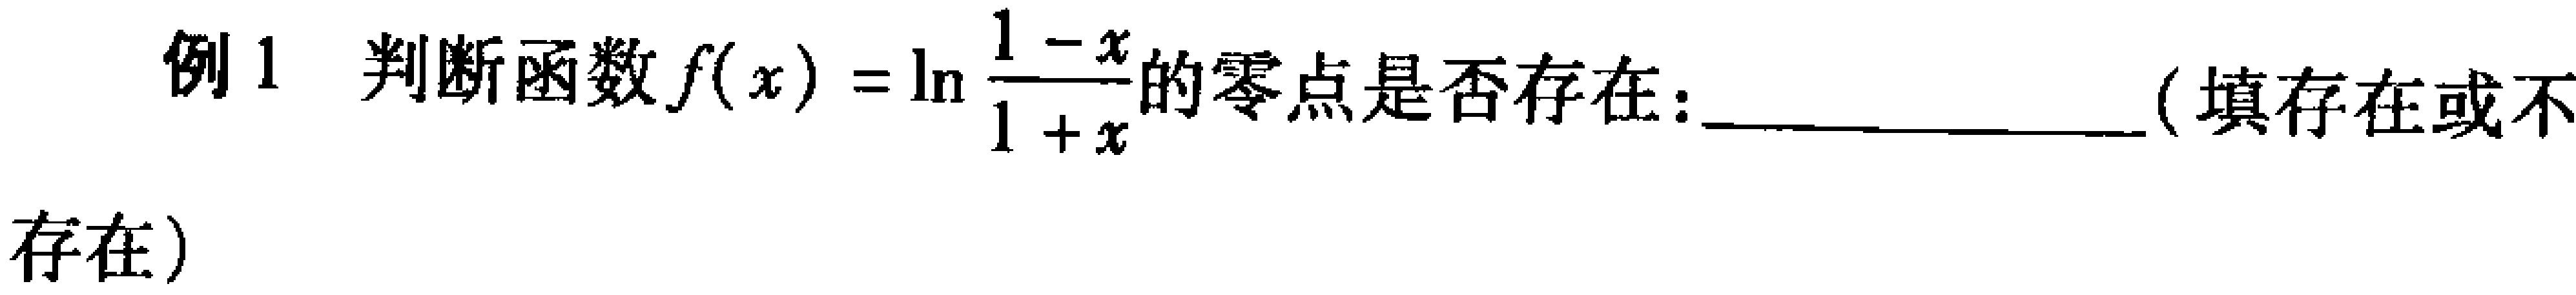
例1 判断函数\(f(x)=\ln\frac{1 - x}{1 + x}\)的零点是否存在：________________（填存在或不

存在）